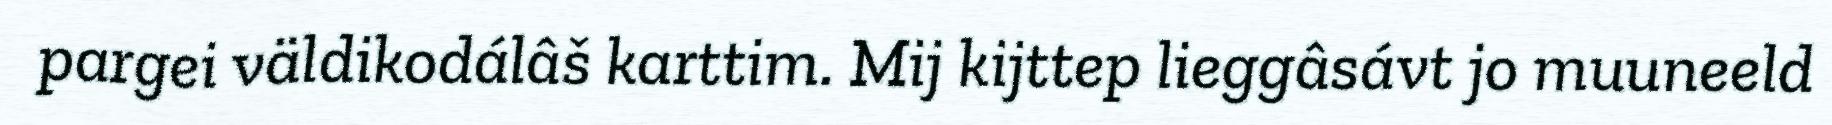
pargei väldikodálâš karttim. Mij kijttep lieggâsávt jo muuneeld